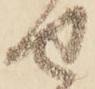
せ